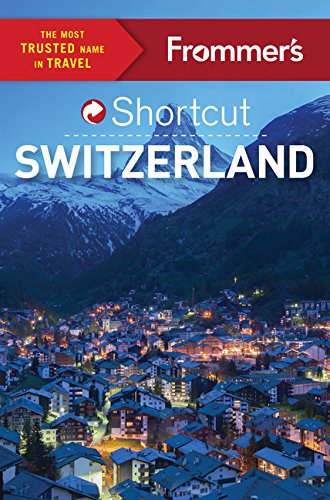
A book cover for Frommer's Shortcut Switzerland (Shortcut Guide); Teresa Fisher; Travel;